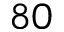
8 0